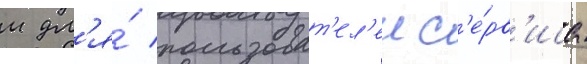
м дл'я́ пользоват'ел'еи с'е́рв'иса